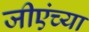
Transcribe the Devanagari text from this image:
जीएंच्या